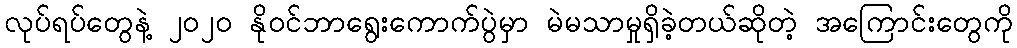
လုပ်ရပ်တွေနဲ့ ၂၀၂၀ နိုဝင်ဘာရွေးကောက်ပွဲမှာ မဲမသာမှုရှိခဲ့တယ်ဆိုတဲ့ အကြောင်းတွေကို